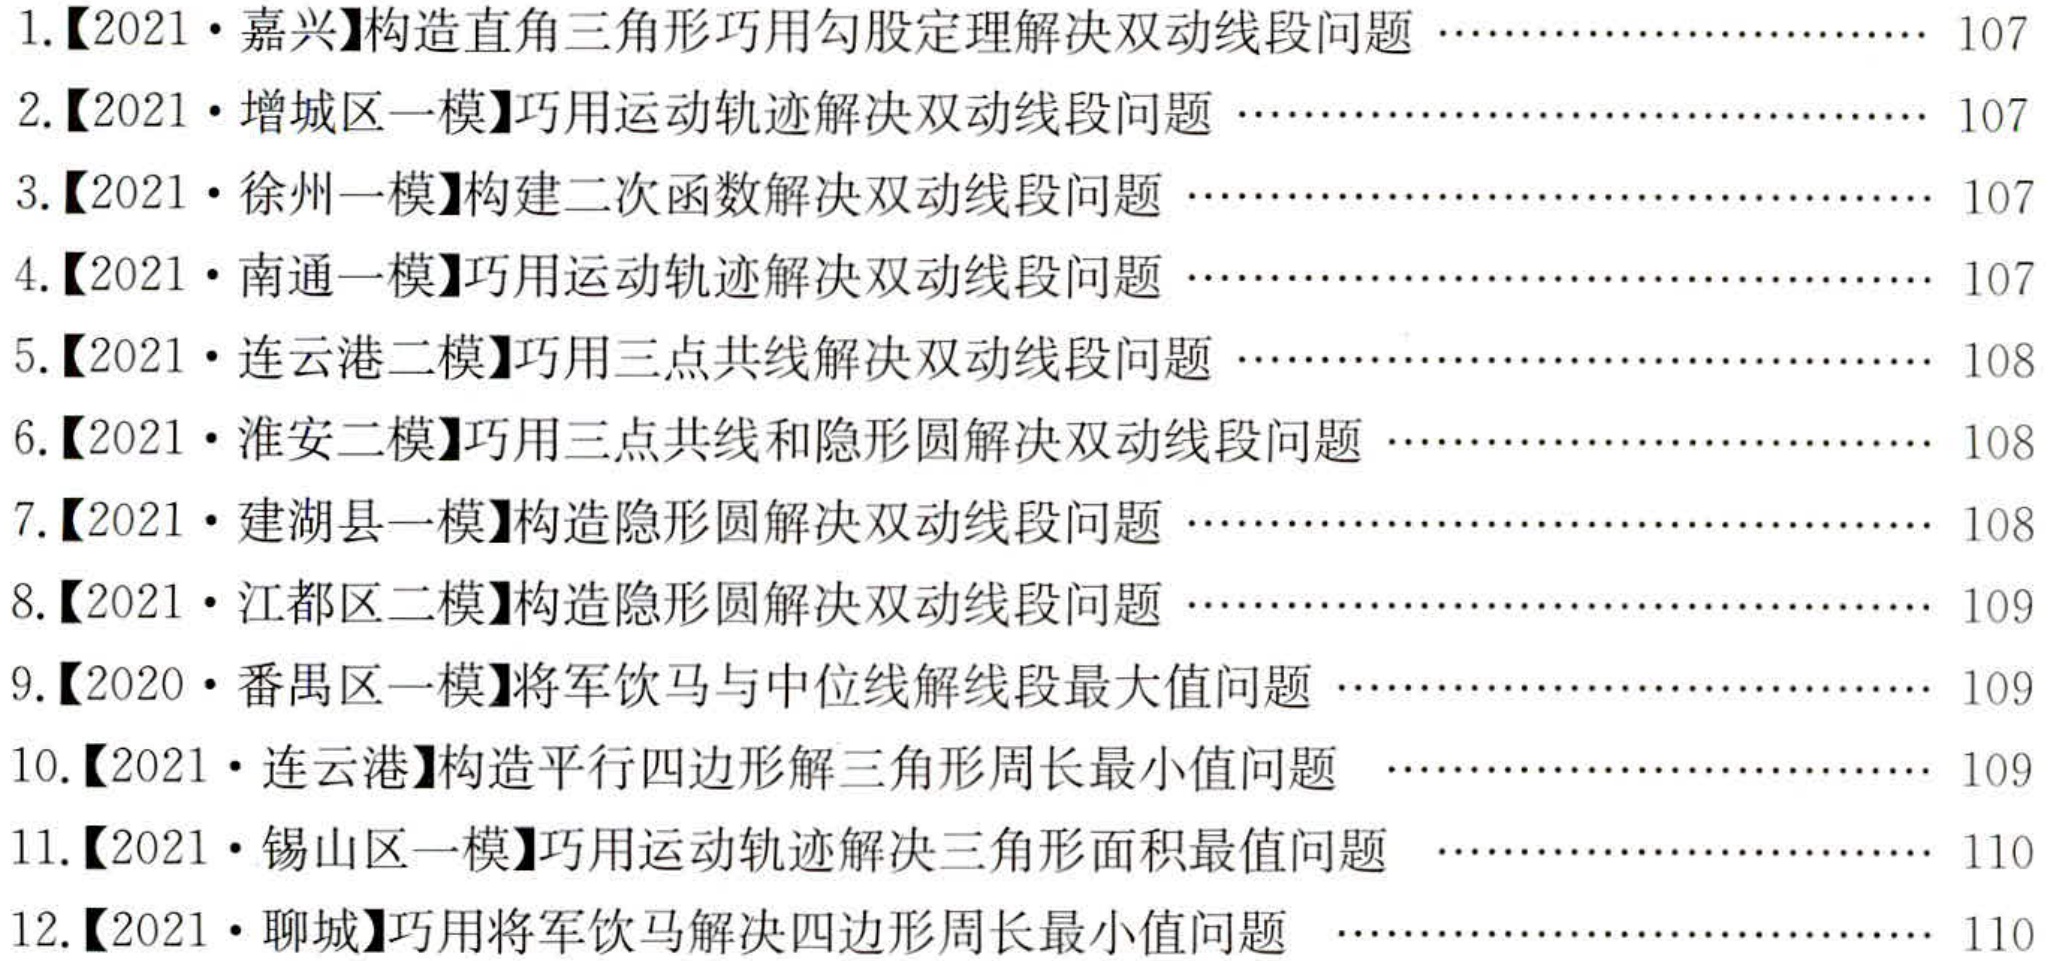
1.【2021·嘉兴】构造直角三角形巧用勾股定理解决双动线段问题 ……………………… 107
2.【2021·增城区一模】巧用运动轨迹解决双动线段问题 ……………………………………… 107
3.【2021·徐州一模】构建二次函数解决双动线段问题 ………………………………………… 107
4.【2021·南通一模】巧用运动轨迹解决双动线段问题 ………………………………………… 107
5.【2021·连云港二模】巧用三点共线解决双动线段问题 ……………………………………… 108
6.【2021·淮安二模】巧用三点共线和隐形圆解决双动线段问题 ……………………………… 108
7.【2021·建湖县一模】构造隐形圆解决双动线段问题 ………………………………………… 108
8.【2021·江都区二模】构造隐形圆解决双动线段问题 ………………………………………… 109
9.【2020·番禺区一模】将军饮马与中位线解线段最大值问题 ………………………………… 109
10.【2021·连云港】构造平行四边形解三角形周长最小值问题 ………………………………… 109
11.【2021·锡山区一模】巧用运动轨迹解决三角形面积最值问题 ……………………………… 110
12.【2021·聊城】巧用将军饮马解决四边形周长最小值问题 …………………………………… 110